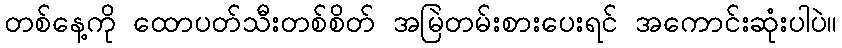
တစ်နေ့ကို ထောပတ်သီးတစ်စိတ် အမြဲတမ်းစားပေးရင် အကောင်းဆုံးပါပဲ။